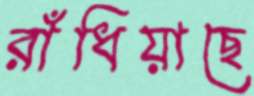
রাঁধিয়াছে